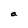
Character: a